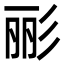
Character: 彨